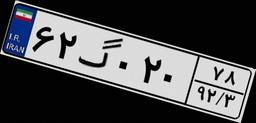
۶۲گ۰۲۰۷۸